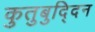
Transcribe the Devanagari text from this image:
कुतुबुद्दिन